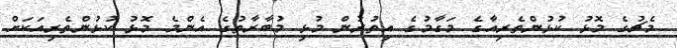
މެޗުގެ މޮޅު ކުޅުންތެރިއާގެ މަގާމުގެ އިތުރުން މުޅި މުބާރާތުގެ އެންމެ މޮޅު ކުޅުންތެރިއަކަށް